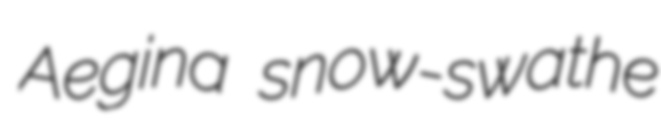
Aegina snow-swathe